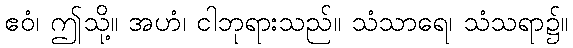
ဧဝံ၊ ဤသို့။ အဟံ၊ ငါဘုရားသည်။ သံသာရေ၊ သံသရာ၌။